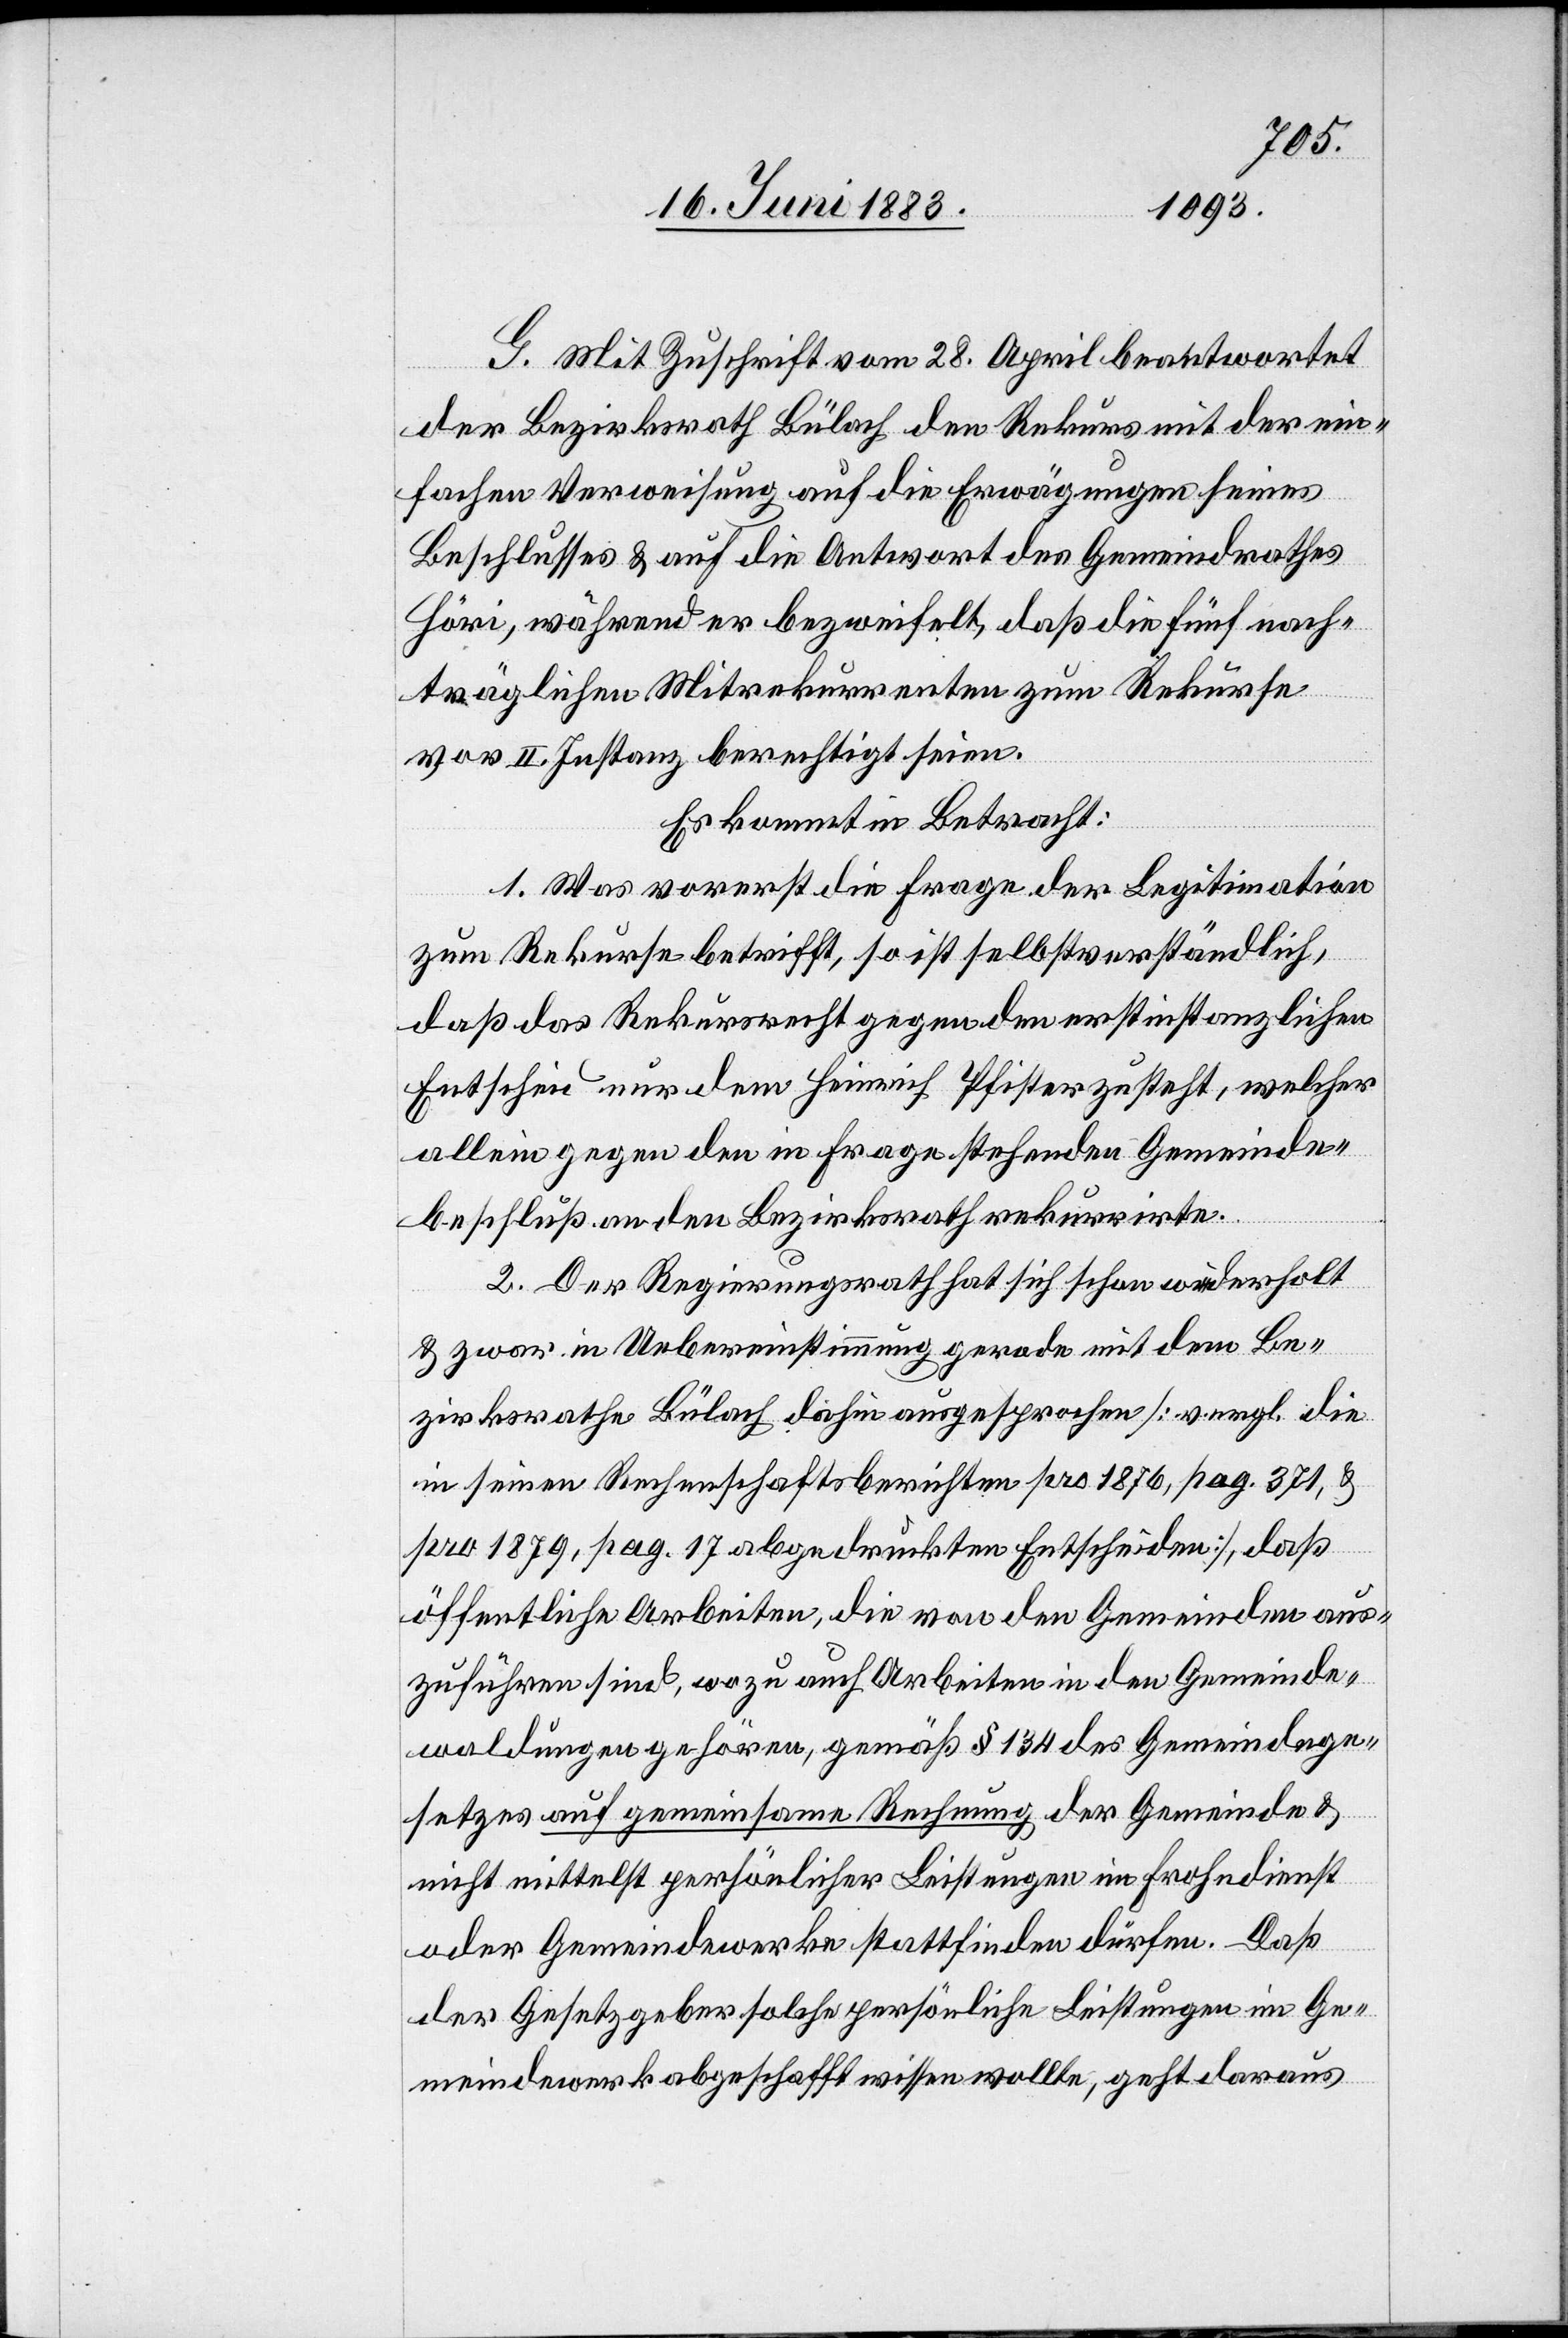
G. Mit Zuschrift vom 28. April beantwortet
der Bezirksrath Bülach den Rekurs mit der ein¬
fachen Verweisung auf die Erwägungen seines
Beschlusses & auf die Antwort des Gemeindrathes
Höri, während er bezweifelt, daß die fünf nach¬
träglichen Mitrekurrenten zum Rekurse
vor II. Instanz berechtigt seien.
Es kommt in Betracht:
1. Was vorerst die Frage der Legitimation
zum Rekurse betrifft, so ist selbstverständlich,
daß das Rekursrecht gegen den erstinstanzlichen
Entscheid nur dem Heinrich Pfister zusteht, welcher
allein gegen den in Frage stehenden Gemeinde¬
beschluß an den Bezirksrath rekurrirte.
2. Der Regierungsrath hat sich schon wiederholt
& zwar in Uebereinstimmung gerade mit dem Be¬
zirksrathe Bülach dahin ausgesprochen [vergl. die
in seinen Rechenschaftsberichte pro 1876, pag. 372, &
pro 1879, pag. 17 abgedruckten Entscheiden], daß
öffentliche Arbeiten, die von den Gemeinden aus¬
zuführen sind, wozu auch Arbeiten in den Gemeinde¬
waldungen gehören, gemäß § 134 des Gemeindege¬
setzes auf gemeinsame Rechnung der Gemeinde &
nicht mittelst persönlicher Leistungen im Frohndienst
oder Gemeindewerke stattfinden dürfen. Daß
der Gesetzgeber solche persönliche Leistungen im Ge¬
meindewerk abgeschafft wissen wollte, geht daraus